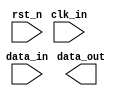
// This program was cloned from: https://github.com/Digital-EDA/Digital-IDE
// License: MIT License

module HDMI_out #(
    parameter    INPUT_WIDTH  = 12,
    parameter    OUTPUT_WIDTH = 12
) (
    input                           clk_in,
    input                           rst_n,
    input  [INPUT_WIDTH - 1 : 0]    data_in,
    output [OUTPUT_WIDTH - 1 : 0]   data_out
);

endmodule  //HDMI_out